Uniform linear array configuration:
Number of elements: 8
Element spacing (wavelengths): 1
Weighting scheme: hann
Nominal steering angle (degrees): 0
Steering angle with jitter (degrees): -0.03449
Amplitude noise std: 0.05
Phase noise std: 0.05

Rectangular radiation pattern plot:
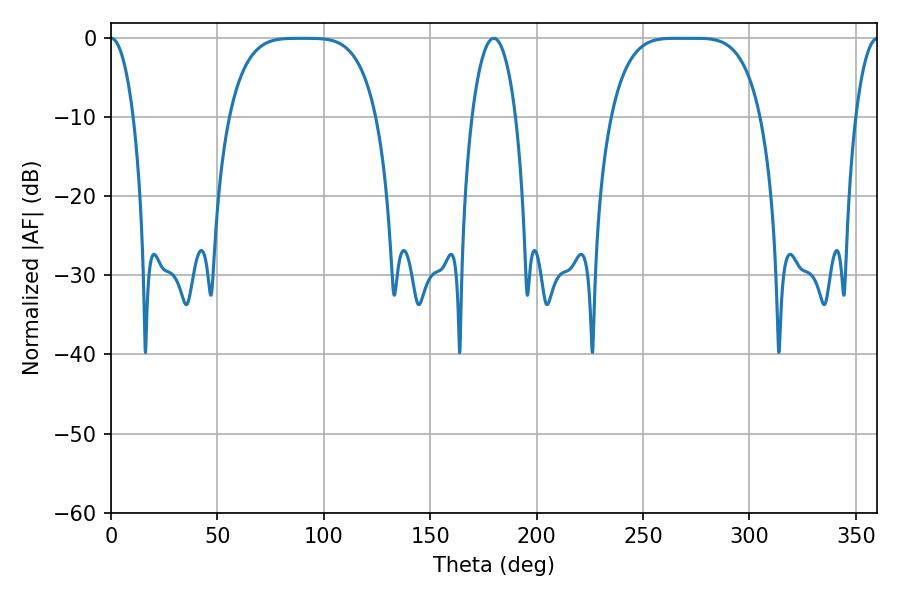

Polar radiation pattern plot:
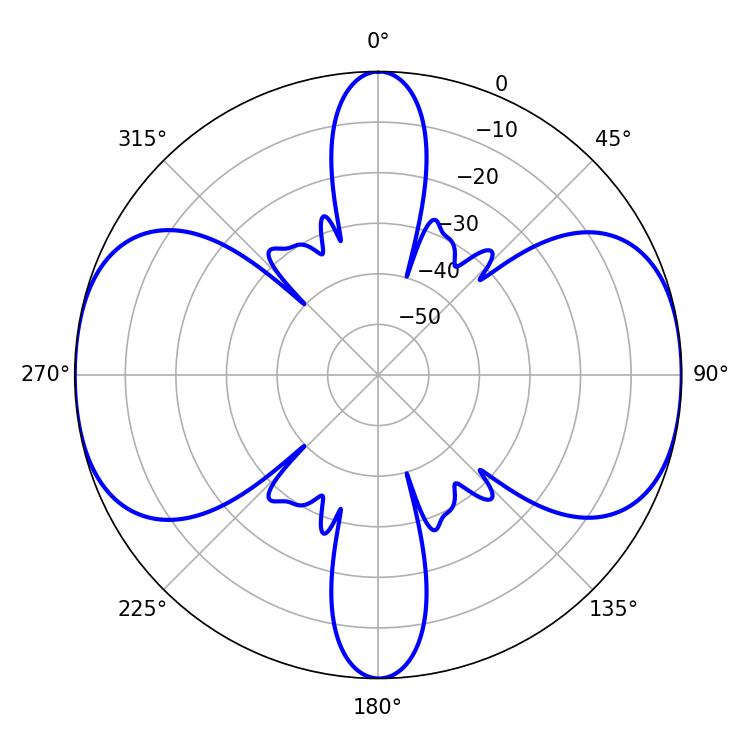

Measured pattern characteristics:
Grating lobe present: TRUE
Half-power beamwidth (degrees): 52.92
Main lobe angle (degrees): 266.04